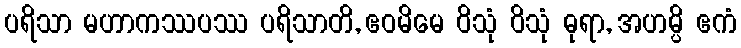
ပရိသာ မဟာကဿပဿ ပရိသာတိ, ဧဝမိမေ ဝိသုံ ဝိသုံ ဓုရာ, အဟမ္ပိ ဧကံ